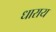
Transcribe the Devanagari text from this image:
धाराय